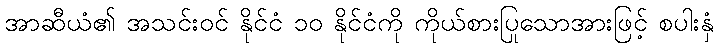
အာဆီယံ၏ အသင်းဝင် နိုင်ငံ ၁၀ နိုင်ငံကို ကိုယ်စားပြုသောအားဖြင့် စပါးနှံ